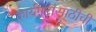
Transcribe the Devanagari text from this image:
कार्यगटांसाठीची